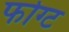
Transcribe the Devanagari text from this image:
फोग्ट